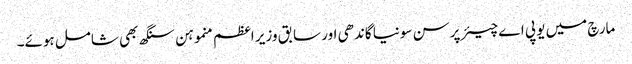
مارچ میں یو پی اے چیئرپرسن سونیا گاندھی اور سابق وزیر اعظم منموہن سنگھ بھی شامل ہوئے۔